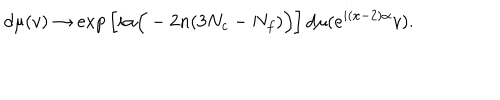
LaTeX: d \mu ( v ) \to \mathrm { e x p } \left[ i \alpha \Big ( - 2 n ( 3 N _ { c } - N _ { f } ) \Big ) \right] d \mu ( e ^ { i ( x - 2 ) \alpha } v ) .